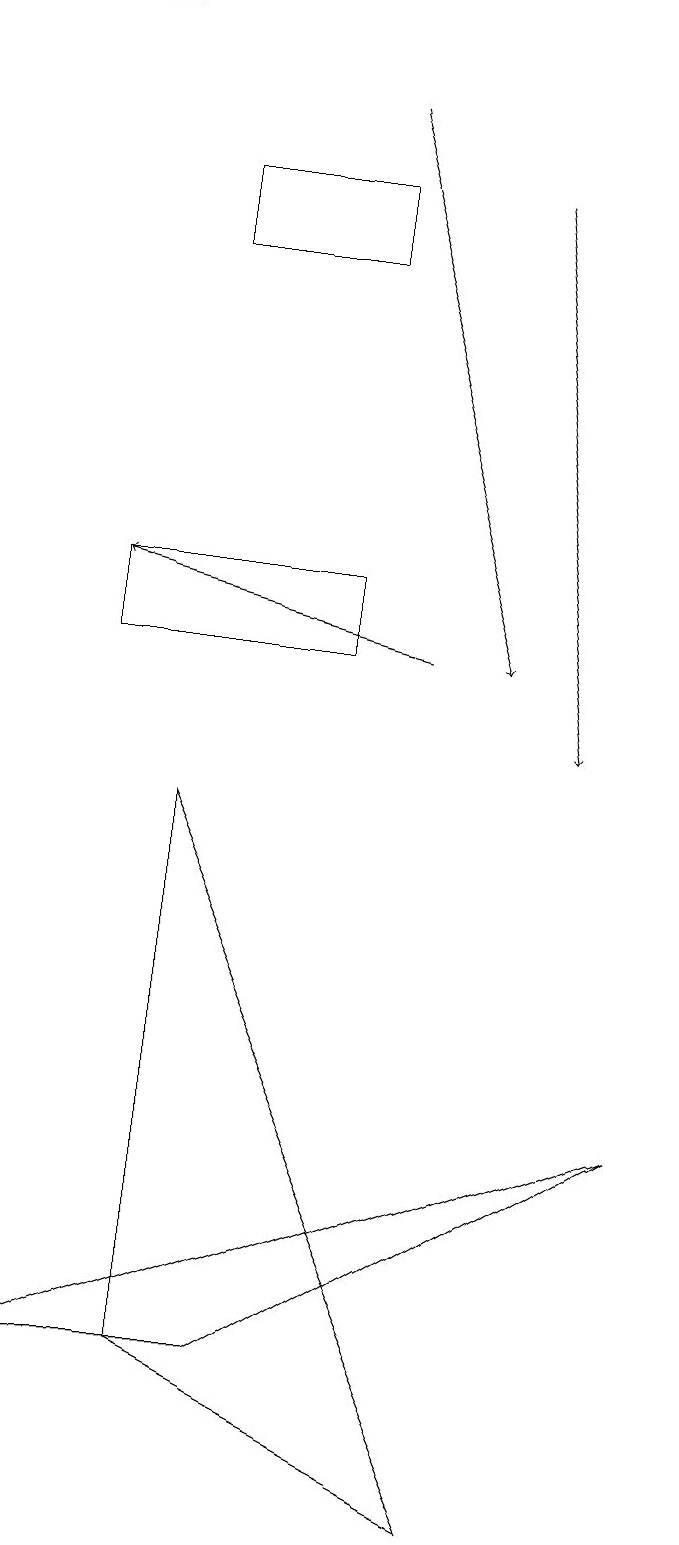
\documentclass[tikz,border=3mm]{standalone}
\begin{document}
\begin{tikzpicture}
\draw[->] (6,17) -- (7,10);
\draw[->] (1,19) -- (0,19);
\draw (6,0) -- (2,2) -- (2,9) -- cycle;
\draw (4,16) rectangle (2,17);
\draw[->] (4,18) -- (6,11);
\draw (4,12) rectangle (1,11);
\draw[->] (5,11) -- (1,12);
\draw (8,5) -- (3,2) -- (0,2) -- cycle;
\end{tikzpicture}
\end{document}